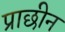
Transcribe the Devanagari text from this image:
प्राछीन